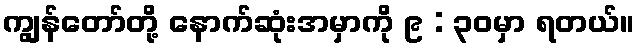
ကျွန်တော်တို့ နောက်ဆုံးအမှာကို ၉ : ၃၀မှာ ရတယ်။